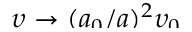
\smash { \upsilon \to ( a _ { 0 } / a ) ^ { 2 } \upsilon _ { 0 } }